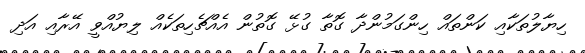
ހިޔާލުތަކާއި ކަންތައް ހިންގަމުންދާ ގޮތާ ގުޅޭ ގޮތުން އެއްޗެހިތަކެއް ލިޔުއްވީ އޭރާއި އަދި